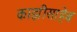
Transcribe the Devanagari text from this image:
काझीसाहेब